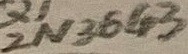
Text: 2N3643